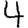
Digit: 4